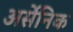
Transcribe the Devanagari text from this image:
अर्सेनिक